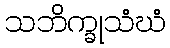
သဘိက္ခုသံဃံ